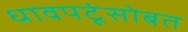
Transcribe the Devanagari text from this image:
धावपटूंसोबत